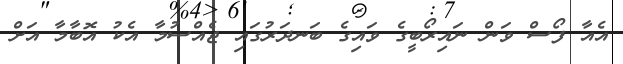
އެއާ ފޯސް ވަން ނައިރޯބީގެ ވައިގެ ބަނދަރުގައި ޖެއްސުމާ އެކު އޮބާމާ އަށް